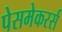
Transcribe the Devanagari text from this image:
पेसमेकरर्स